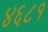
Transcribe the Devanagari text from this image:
४६८१